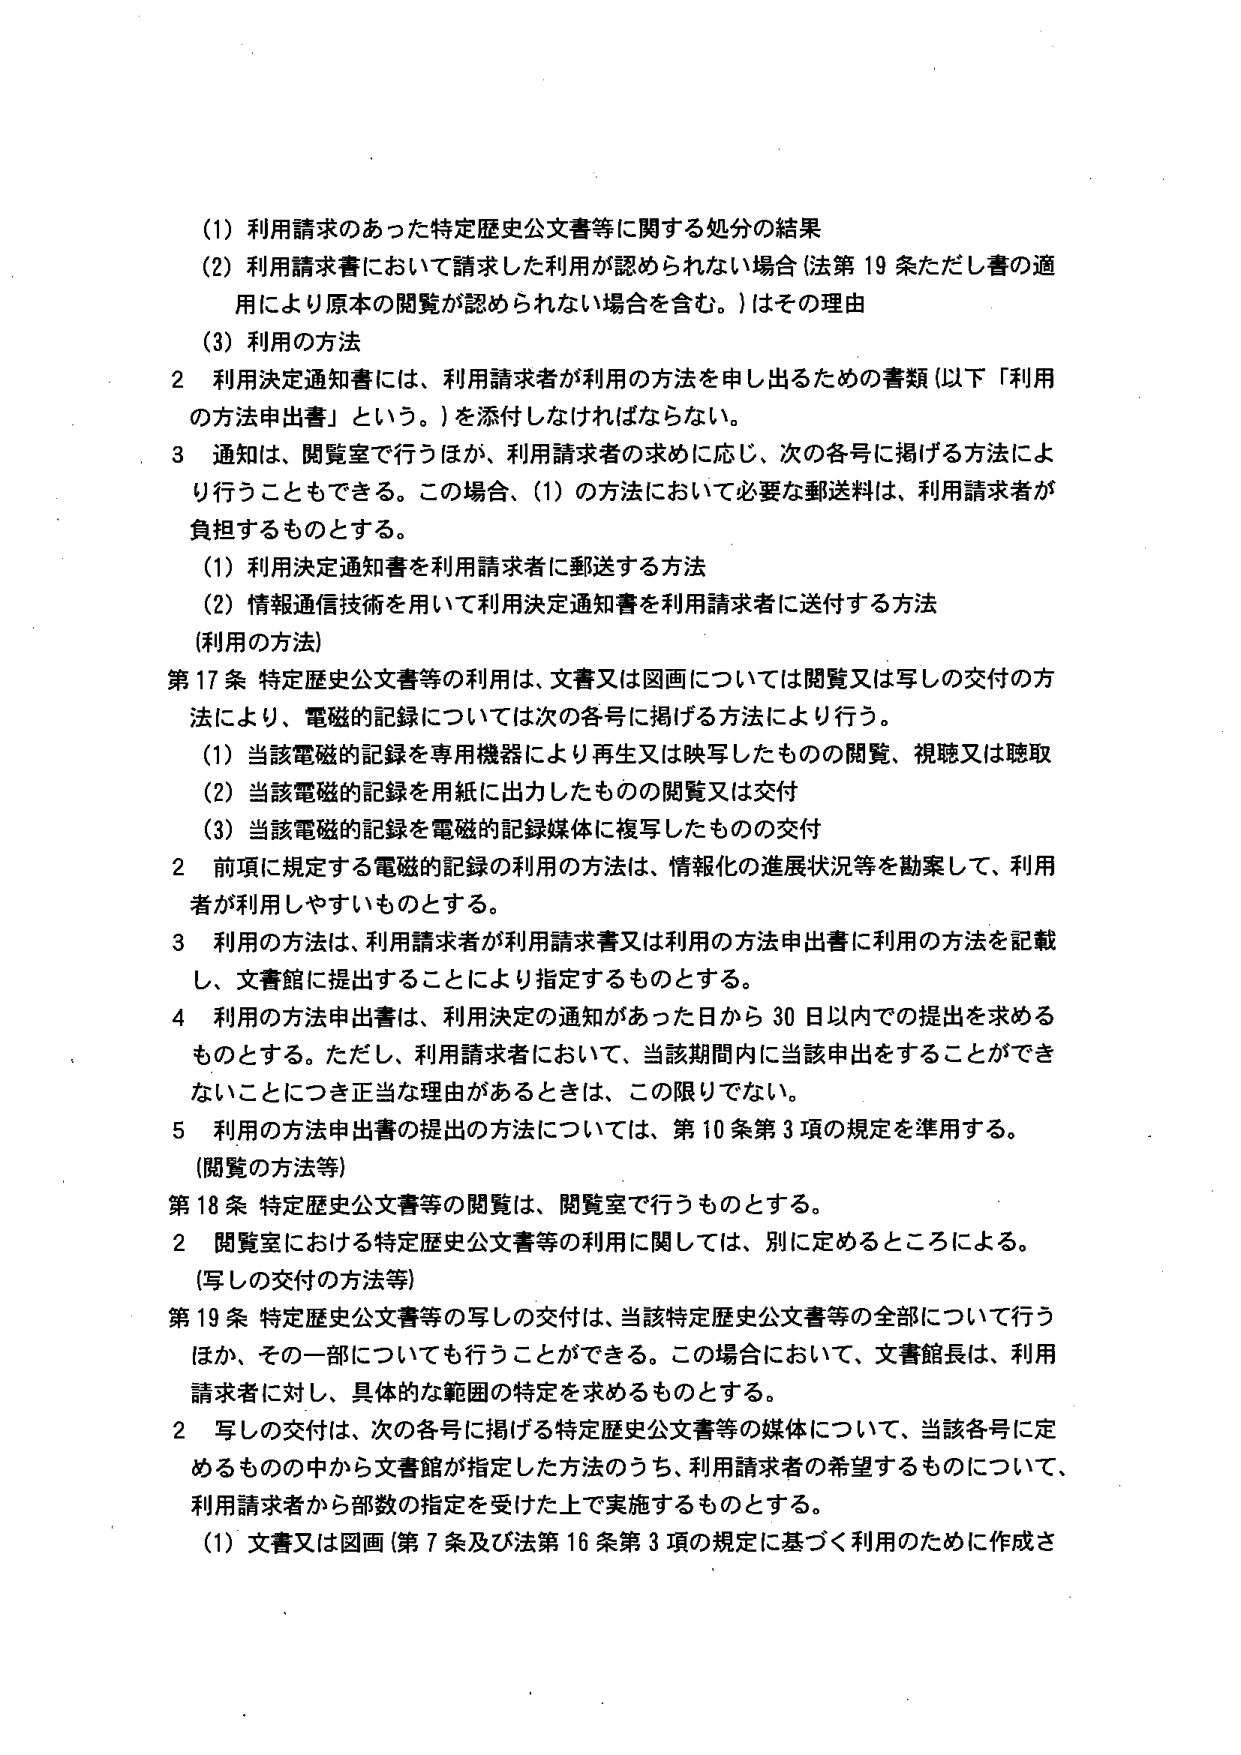
(1) 利用請求のあった特定歴史公文書等に関する処分の結果
(2) 利用請求書において請求した利用が認められない場合（法第19条ただし書の適用により原本の閲覧が認められない場合を含む。）はその理由
(3) 利用の方法

2 利用決定通知書には、利用請求者が利用の方法を申し出るための書類（以下「利用の方法申出書」という。）を添付しなければならない。

3 通知は、閲覧室で行うほか、利用請求者の求めに応じ、次の各号に掲げる方法により行うこともできる。この場合、(1)の方法において必要な郵送料は、利用請求者が負担するものとする。
(1) 利用決定通知書を利用請求者に郵送する方法
(2) 情報通信技術を用いて利用決定通知書を利用請求者に送付する方法
（利用の方法）

第17条 特定歴史公文書等の利用は、文書又は図画については閲覧又は写しの交付の方法により、電磁的記録については次の各号に掲げる方法により行う。
(1) 当該電磁的記録を専用機器により再生又は映写したもの の閲覧、視聴又は聴取
(2) 当該電磁的記録を用紙に出力したもの の閲覧又は交付
(3) 当該電磁的記録を電磁的記録媒体に複写したもの の交付

2 前項に規定する電磁的記録の利用の方法は、情報化の進展状況等を勘案して、利用者が利用しやすいものとする。

3 利用の方法は、利用請求者が利用請求書又は利用の方法申出書に利用の方法を記載し、文書館に提出することにより指定するものとする。

4 利用の方法申出書は、利用決定の通知があった日から30日以内での提出を求めるものとする。ただし、利用請求者において、当該期間内に当該申出をすることができないことに正当事由があるときは、この限りでない。

5 利用の方法申出書の提出の方法については、第10条第3項の規定を準用する。
（閲覧の方法等）

第18条 特定歴史公文書等の閲覧は、閲覧室で行うものとする。

2 閲覧室における特定歴史公文書等の利用に関しては、別に定めるところによる。
（写しの交付の方法等）

第19条 特定歴史公文書等の写しの交付は、当該特定歴史公文書等の全部について行うほか、その一部についても行うことができる。この場合において、文書館長は、利用請求者に対し、具体的な範囲の特定を求めるものとする。

2 写しの交付は、次の各号に掲げる特定歴史公文書等の媒体について、当該各号に定めるものの中から文書館が指定した方法のうち、利用請求者の希望するものについて、利用請求者から部数の指定を受けた上で実施するものとする。
(1) 文書又は図画（第7条及び法第16条第3項の規定に基づく利用のために作成さ